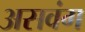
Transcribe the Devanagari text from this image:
असवंग